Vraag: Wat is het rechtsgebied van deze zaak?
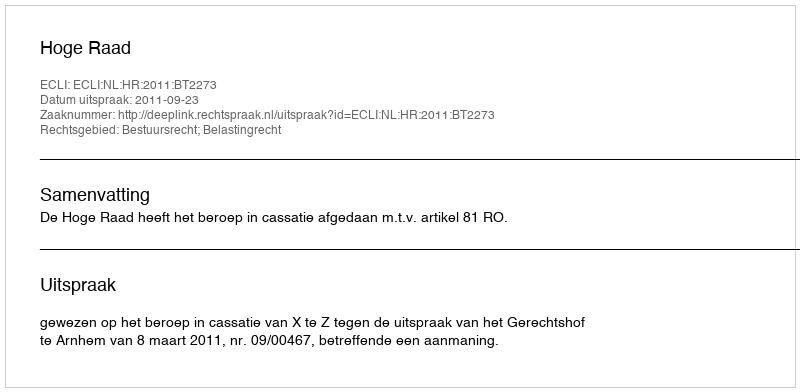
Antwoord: Bestuursrecht; Belastingrecht